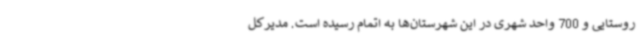
روستایی و 700 واحد شهری در این شهرستان‌ها به اتمام رسیده است. مدیرکل